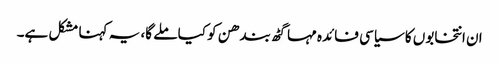
ان انتخابوں کا سیاسی فائدہ مہا گٹھ بندھن کو کیا ملے گا، یہ کہنا مشکل ہے۔